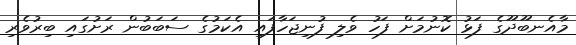
މާއެނބޫދޫގެ ފަޅު ކޮނުމަށް ފަހު ވެލި ފުނިޖަހާފައި އެކަމުގެ ސަބަބުން ރަށުގައި ބިރުވެރި